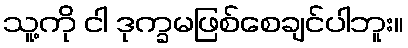
သူ့ကို ငါ ဒုက္ခမဖြစ်စေချင်ပါဘူး။